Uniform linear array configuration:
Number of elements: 24
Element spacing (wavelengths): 0.5
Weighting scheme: hamming
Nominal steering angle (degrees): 0
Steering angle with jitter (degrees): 1.789
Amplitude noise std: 0.05
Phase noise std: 0.05

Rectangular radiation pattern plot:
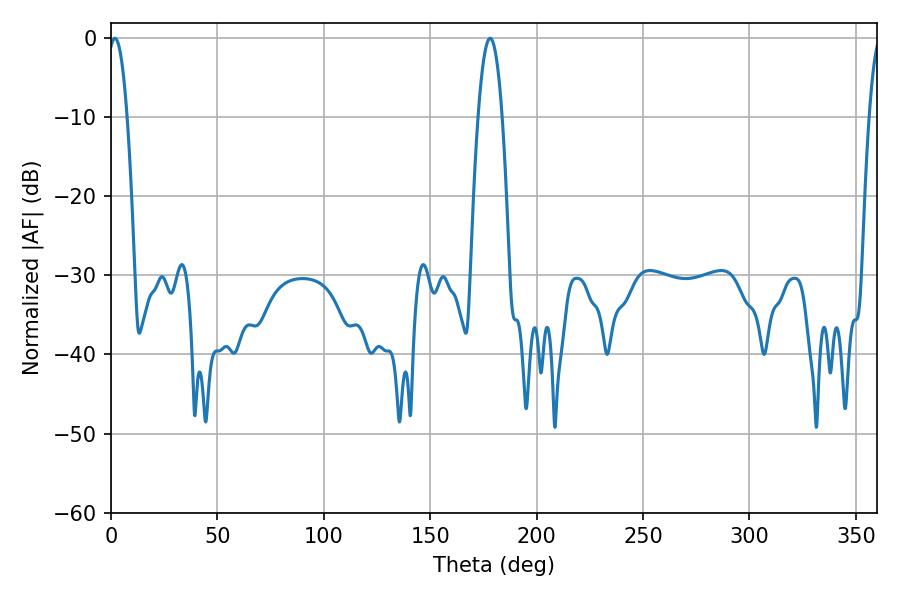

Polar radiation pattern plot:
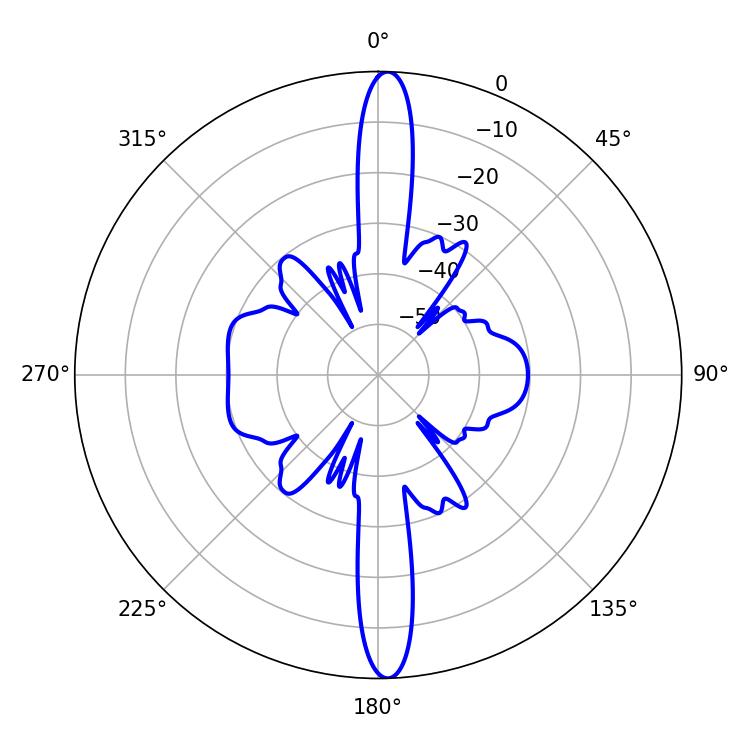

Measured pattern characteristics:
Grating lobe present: FALSE
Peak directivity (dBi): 24.417
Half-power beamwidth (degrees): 5.04
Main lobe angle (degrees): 1.8